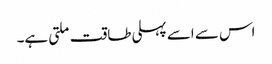
اس سے اسے پہلی طاقت ملتی ہے۔